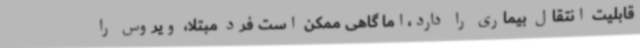
قابلیت انتقال بیماری را دارد،اما گاهی ممکن است فرد مبتلا، ویروس را